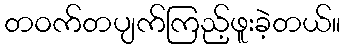
တဝက်တပျက်ကြည့်ဖူးခဲ့တယ်။